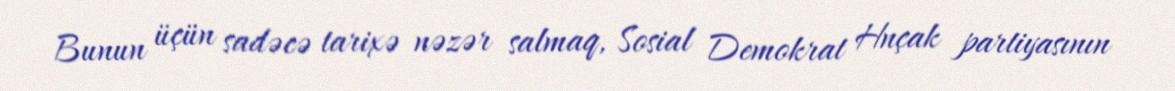
Bunun üçün sadəcə tarixə nəzər salmaq, Sosial Demokrat Hnçak partiyasının